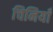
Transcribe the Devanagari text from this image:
चिनियाँ